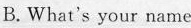
B.What's your name